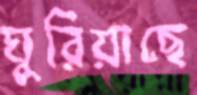
ঘুরিয়াছে